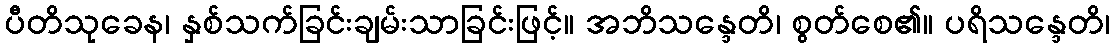
ပီတိသုခေန၊ နှစ်သက်ခြင်းချမ်းသာခြင်းဖြင့်။ အဘိသန္ဒေတိ၊ စွတ်စေ၏။ ပရိသန္ဒေတိ၊